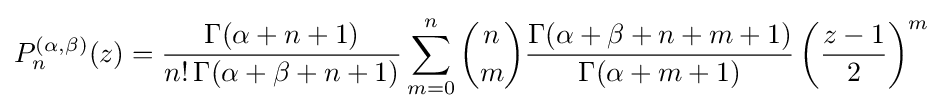
P_{n}^{(\alpha ,\beta )}(z)={\frac {\Gamma (\alpha +n+1)}{n!\,\Gamma (\alpha +\beta +n+1)}}\sum _{m=0}^{n}{n \choose m}{\frac {\Gamma (\alpha +\beta +n+m+1)}{\Gamma (\alpha +m+1)}}\left({\frac {z-1}{2}}\right)^{m}